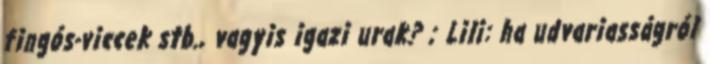
fingós-viccek stb., vagyis igazi urak? ; Lili: ha udvariasságról